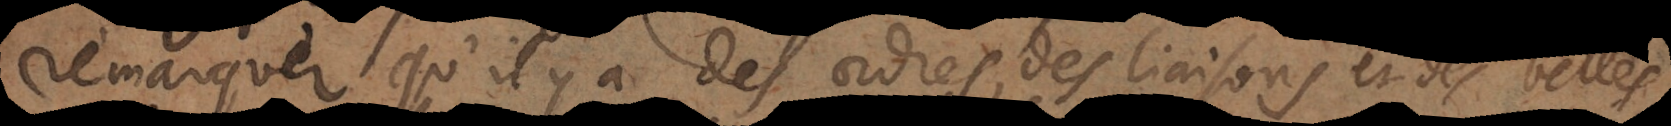
remarquer qu’il y a des ordres, des liaisons et des